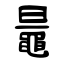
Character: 鼂